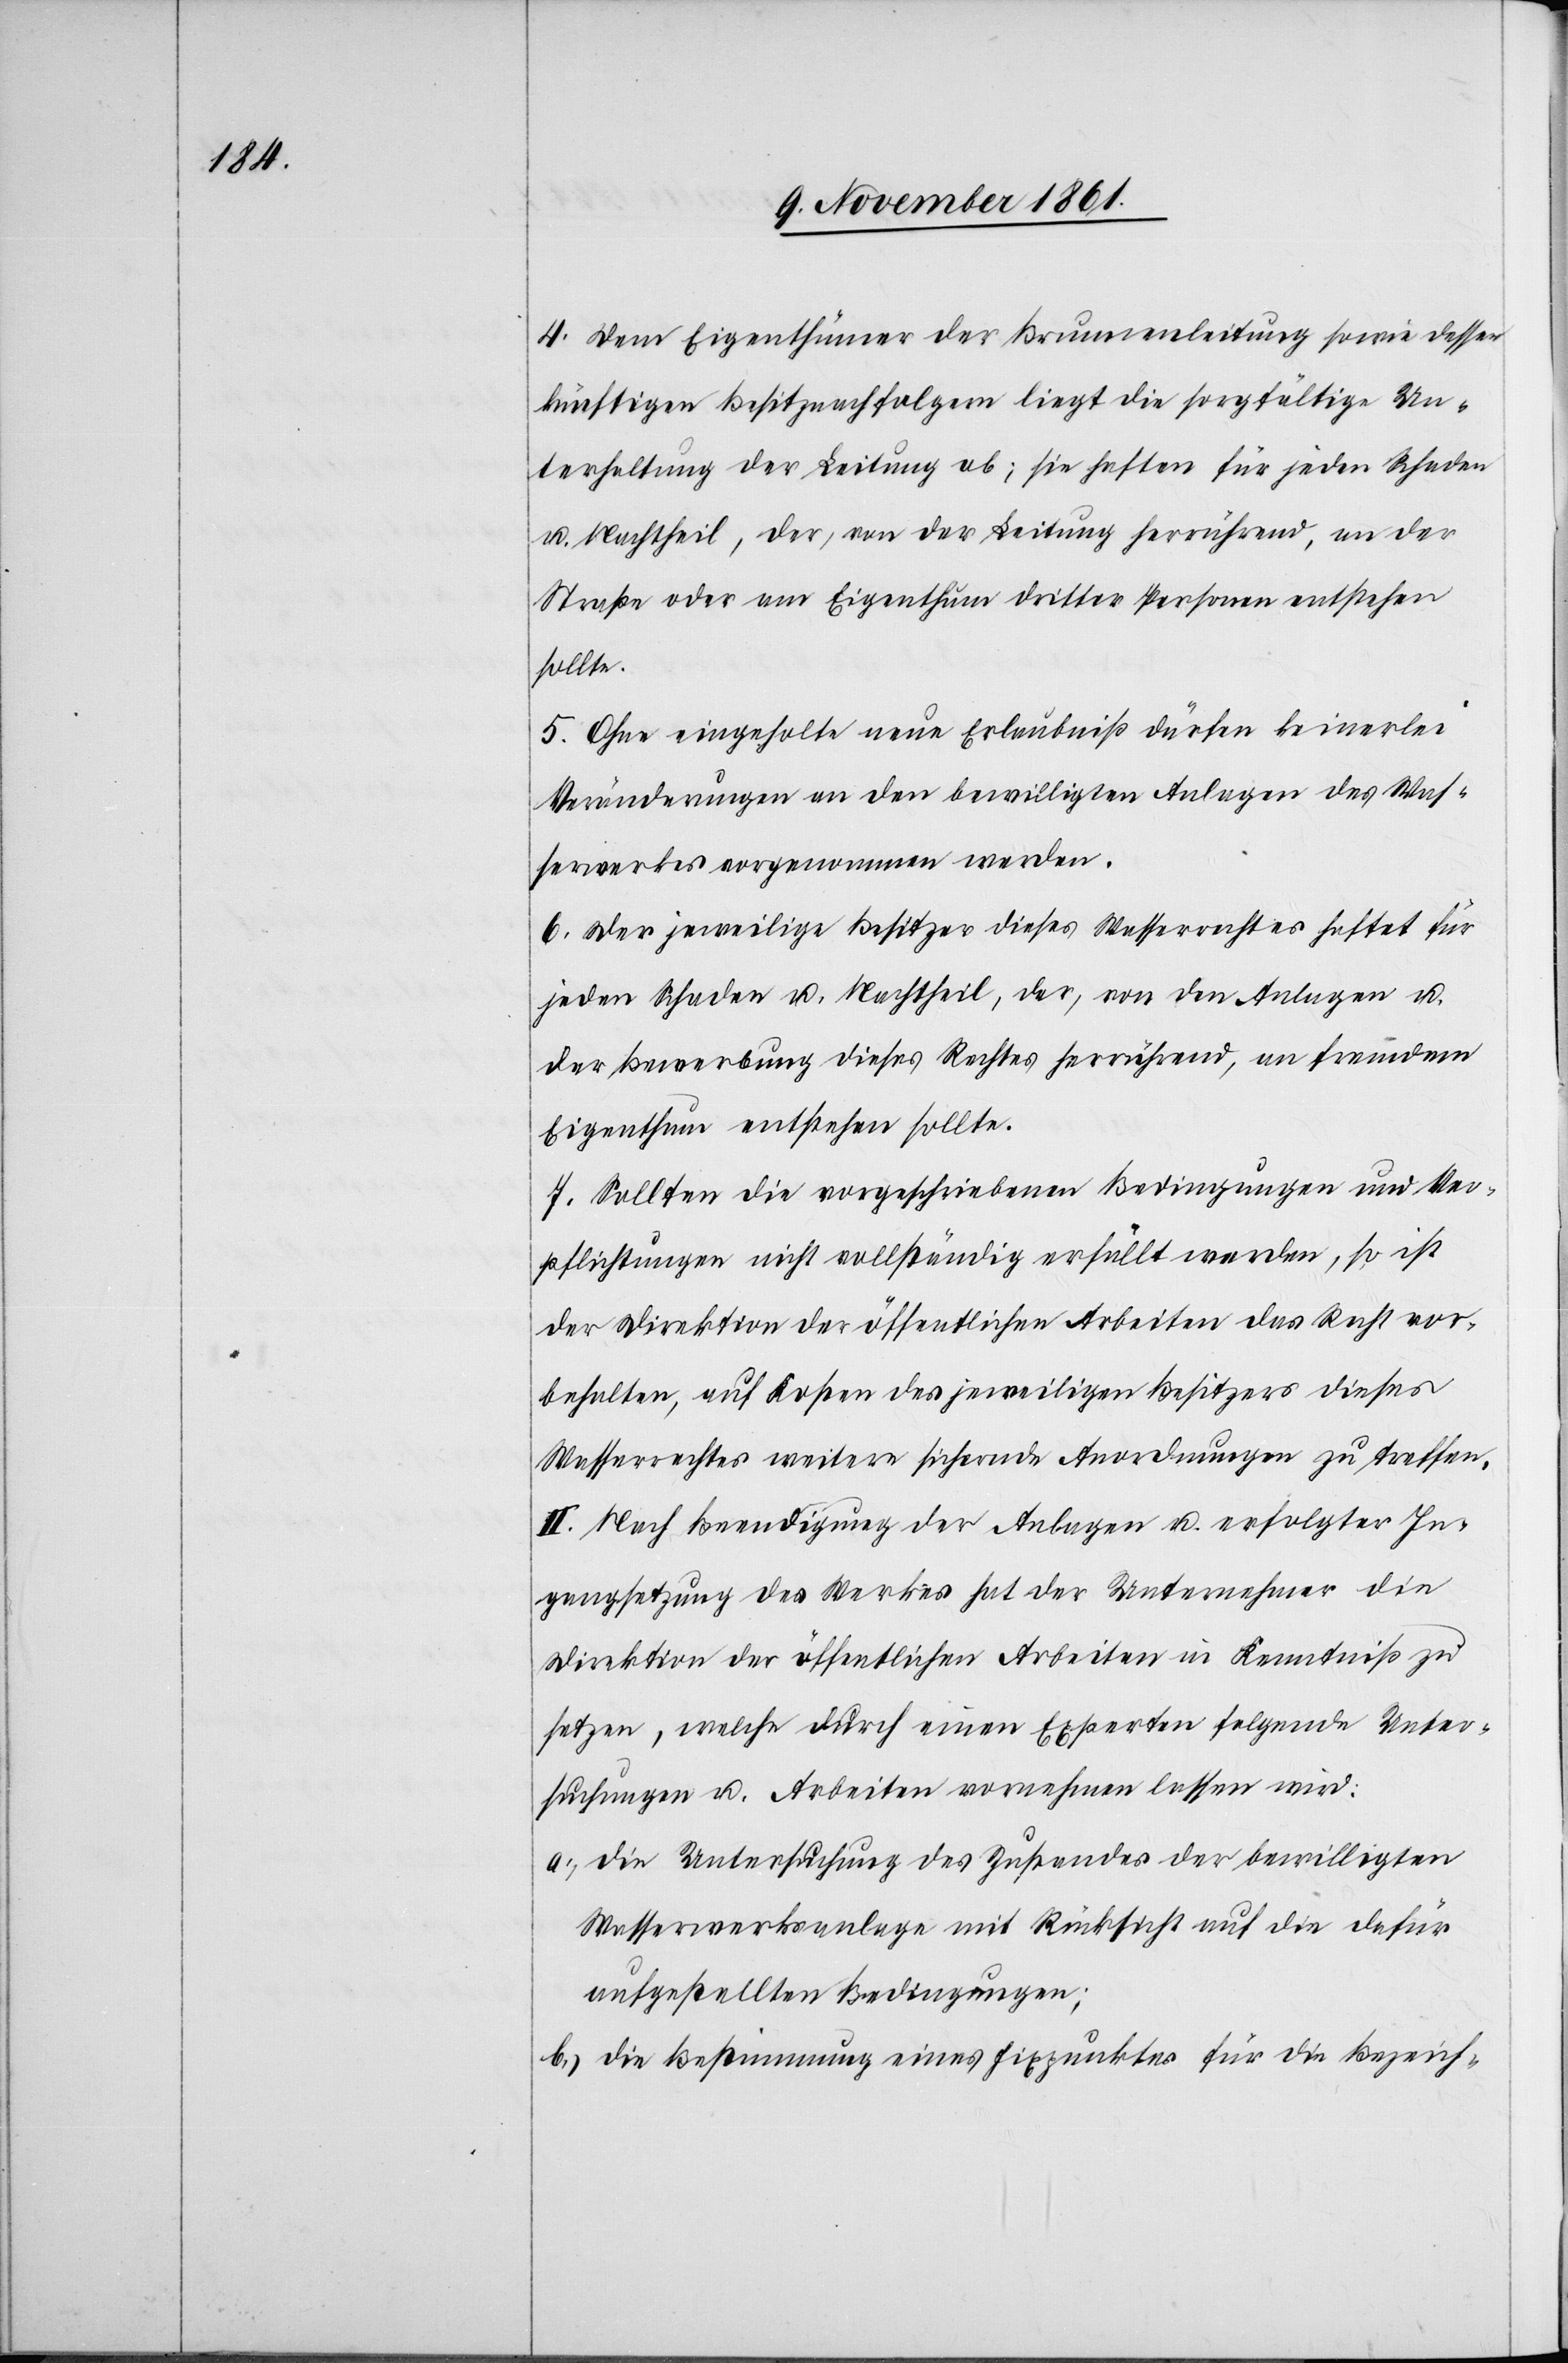
4. Dem Eigenthümer der Brunnenleitung sowie dessen
künftigen Besitznachfolgern liegt die sorgfältige Un¬
terhaltung der Leitung ob; sie haften für jeden Schaden
u. Nachtheil, der, von der Leitung herrührend, an der
Straße oder am Eigenthum dritter Personen entstehen
sollte.
5. Ohne eingeholte neue Erlaubniß dürfen keinerlei
Veränderungen an den bewilligten Anlagen des Was¬
serwerkes vorgenommen werden.
6. Der jeweilige Besitzer dieses Wasserrechtes haftet für
jeden Schaden u. Nachtheil, der, von den Anlagen u.
der Bewerbung dieses Rechtes herrührend, an fremdem
Eigenthum entstehen sollte.
7. Sollten die vorgeschriebenen Bedingungen und Ver¬
pflichtungen nicht vollständig erfüllt werden, so ist
der Direktion der öffentlichen Arbeiten das Recht vor¬
behalten, auf Kosten des jeweiligen Besitzers dieses
Wasserrechtes weitere sichernde Anordnungen zu treffen.
II. Nach Beendigung der Anlagen u. erfolgter In¬
gangsetzung des Werkes hat der Unternehmer die
Direktion der öffentlichen Arbeiten in Kenntniß zu
setzen, welche durch einen Experten folgende Unter¬
suchungen u. Arbeiten vornehmen lassen wird:
a.) die Untersuchung des Zustandes der bewilligten
Wasserwerksanlage mit Rücksicht auf die dafür
aufgestellten Bedingungen:
b.) die Bestimmung eines Fixpunktes für die Bezeich-